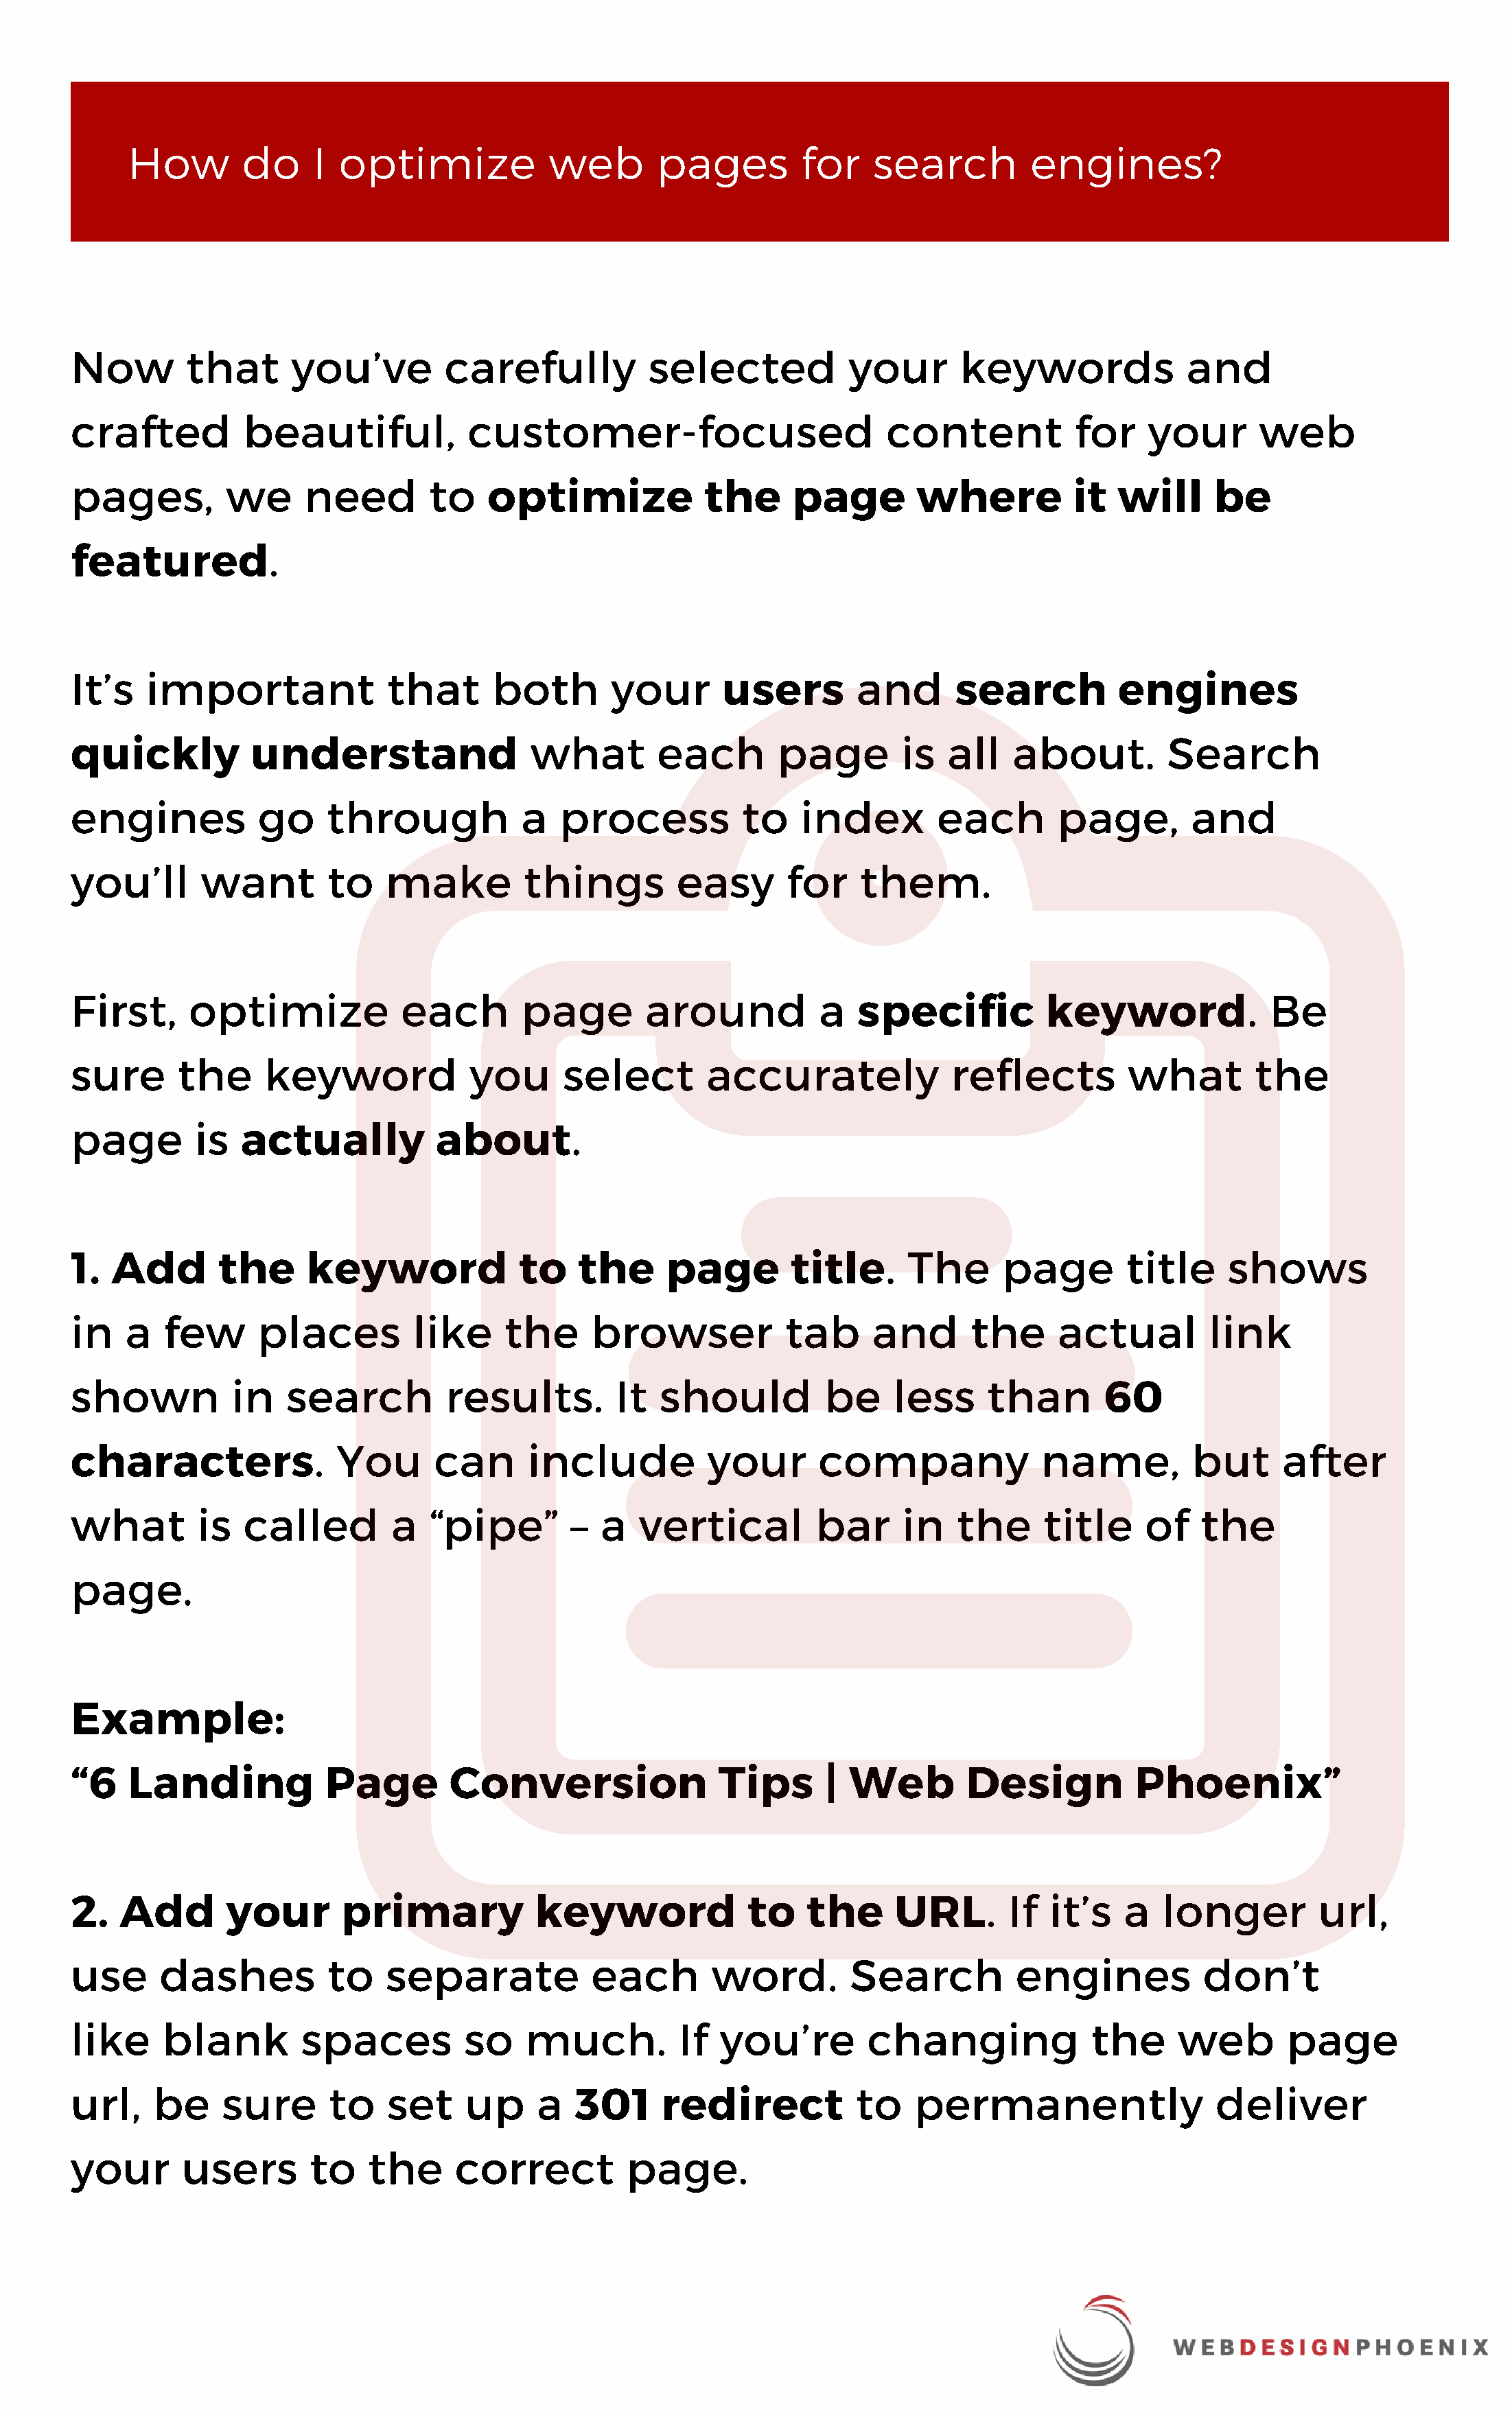
How        do     I  optimize            web       pages         for    search         engines?
 Now        that      you’ve         carefully           selected           your       keywords             and
 crafted         beautiful,            customer-focused                        content            for    your      web
 pages,         we     need        to    optimize             the     page        where          it   will     be
 featured.
 It’s   important              that      both        your       users        and      search          engines
 quickly          understand                 what        each        page        is  all    about.         Search
 engines           go     through           a   process           to   index        each        page,        and
 you’ll      want         to   make         things         easy       for    them.
 First,     optimize             each       page        around           a   specific          keyword.             Be
 sure      the     keyword             you      select        accurately              reflects         what        the
 page        is  actually           about.
 1.  Add       the      keyword             to    the     page        title.      The      page        title    shows
 in   a   few      places         like     the     browser            tab     and       the     actual         link
 shown          in    search         results.        It   should         be     less     than       60
 characters.              You       can      include          your       company              name,          but      after
 what        is  called         a  “pipe”        –  a   vertical         bar     in   the      title    of    the
 page.
 Example:
 “6   Landing            Page        Conversion                Tips       | Web        Design          Phoenix”
 2.   Add       your       primary            keyword             to    the     URL.       If  it’s   a   longer         url,
 use     dashes           to   separate            each        word.        Search          engines           don’t
 like     blank        spaces          so    much.         If  you’re         changing             the      web       page
 url,    be    sure       to   set     up     a  301      redirect           to   permanently                  deliver
 your       users       to   the      correct         page.